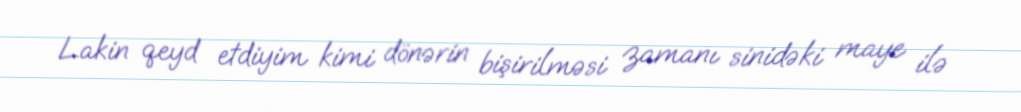
Lakin qeyd etdiyim kimi dönərin bişirilməsi zamanı sinidəki maye ilə